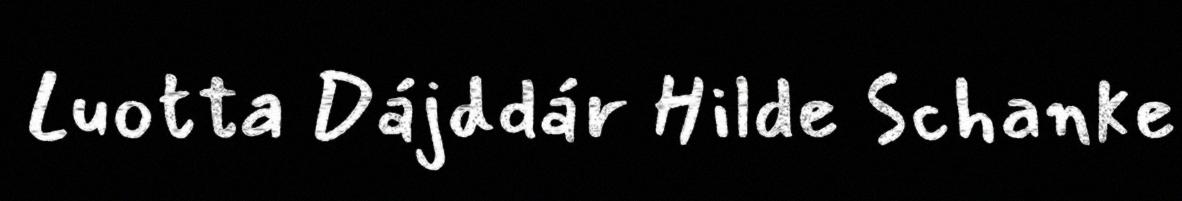
Luotta Dájddár Hilde Schanke